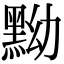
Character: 黝